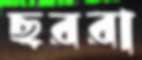
ছররা